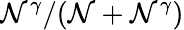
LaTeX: \mathcal{N}^{\gamma}/(\mathcal{N}+\mathcal{N}^{\gamma})